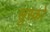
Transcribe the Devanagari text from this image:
सुस्को